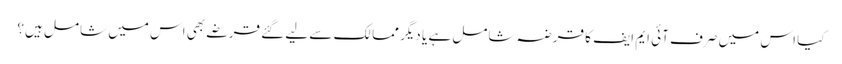
کیا اس میں صرف آئی ایم ایف کا قرضہ شامل ہے یا دیگر ممالک سے لیے گئے قرضے بھی اس میں شامل ہیں؟